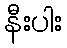
နီးပါး